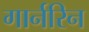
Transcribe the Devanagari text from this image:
गार्नरिन